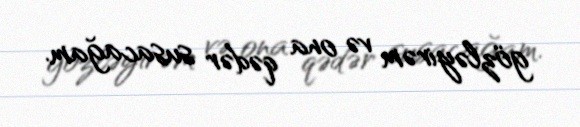
gözləyirəm və ona qədər susacağam.